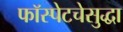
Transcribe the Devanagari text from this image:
फॉस्पेटचेसुद्धा